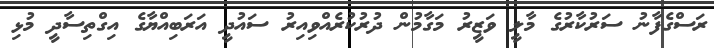
ރަސްގެފާނު ސަރުކާރުގެ މާލީ ވަޒީރު މަގާމުން ދުރުކުރެއްވިއިރު ސައުދީ އަރަބިއްޔާގެ އިގްތިސާދީ މުޅި